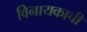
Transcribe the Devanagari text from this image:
विनायकाची